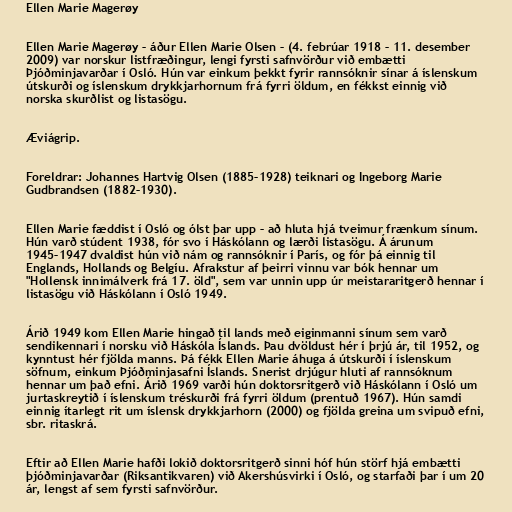
Ellen Marie Magerøy

Ellen Marie Magerøy – áður Ellen Marie Olsen – (4. febrúar 1918 – 11. desember
2009) var norskur listfræðingur, lengi fyrsti safnvörður við embætti
Þjóðminjavarðar í Osló. Hún var einkum þekkt fyrir rannsóknir sínar á íslenskum
útskurði og íslenskum drykkjarhornum frá fyrri öldum, en fékkst einnig við
norska skurðlist og listasögu.

Æviágrip.

Foreldrar: Johannes Hartvig Olsen (1885–1928) teiknari og Ingeborg Marie
Gudbrandsen (1882–1930).

Ellen Marie fæddist í Osló og ólst þar upp – að hluta hjá tveimur frænkum sínum.
Hún varð stúdent 1938, fór svo í Háskólann og lærði listasögu. Á árunum
1945–1947 dvaldist hún við nám og rannsóknir í París, og fór þá einnig til
Englands, Hollands og Belgíu. Afrakstur af þeirri vinnu var bók hennar um
"Hollensk innimálverk frá 17. öld", sem var unnin upp úr meistararitgerð hennar í
listasögu við Háskólann í Osló 1949.

Árið 1949 kom Ellen Marie hingað til lands með eiginmanni sínum sem varð
sendikennari í norsku við Háskóla Íslands. Þau dvöldust hér í þrjú ár, til 1952, og
kynntust hér fjölda manns. Þá fékk Ellen Marie áhuga á útskurði í íslenskum
söfnum, einkum Þjóðminjasafni Íslands. Snerist drjúgur hluti af rannsóknum
hennar um það efni. Árið 1969 varði hún doktorsritgerð við Háskólann í Osló um
jurtaskreytið í íslenskum tréskurði frá fyrri öldum (prentuð 1967). Hún samdi
einnig ítarlegt rit um íslensk drykkjarhorn (2000) og fjölda greina um svipuð efni,
sbr. ritaskrá.

Eftir að Ellen Marie hafði lokið doktorsritgerð sinni hóf hún störf hjá embætti
þjóðminjavarðar (Riksantikvaren) við Akershúsvirki í Osló, og starfaði þar í um 20
ár, lengst af sem fyrsti safnvörður.